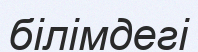
білімдегі